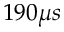
1 9 0 \mu s